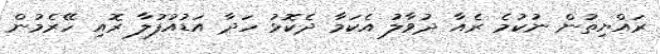
ރައްޔިތުން ނުކުމެ ރެއާ ދުވާލު އެކަމާ ދެކޮޅު ހަދާ އަޑުއުފުލާ ރޮއި ހޭރެމުން